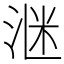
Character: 𪶈